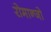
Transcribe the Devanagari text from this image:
रोमान्जो